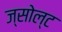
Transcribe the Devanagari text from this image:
ज्सोल्ट